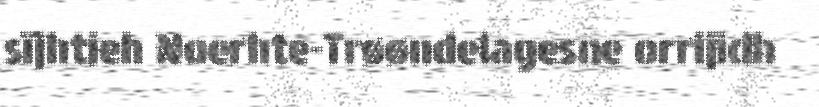
sïjhtieh Noerhte-Trøøndelagesne orrijidh